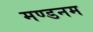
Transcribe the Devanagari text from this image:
मण्‍डनम